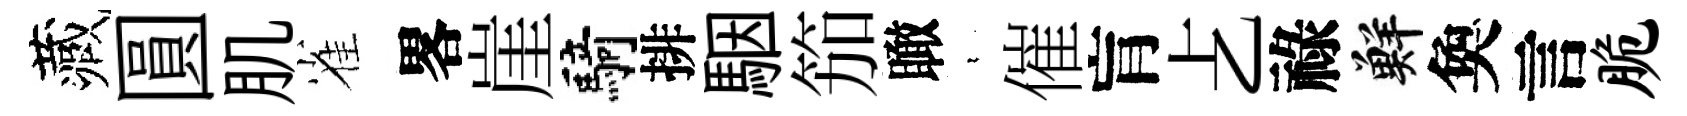
藏圓肌雀畧崖騎排駰笳瞰裊催肓𠧒祿鮮奐言脆